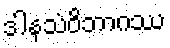
ဒါနသံဝိဘာဂဿ